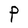
Character: P